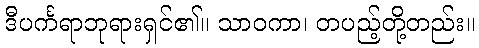
ဒီပင်္ကရာဘုရားရှင်၏။ သာဝကာ၊ တပည့်တို့တည်း။